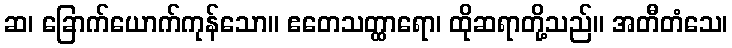
ဆ၊ ခြောက်ယောက်ကုန်သော။ ဧတေသတ္ထာရော၊ ထိုဆရာတို့သည်။ အတီတံသေ၊